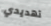
تهديدي